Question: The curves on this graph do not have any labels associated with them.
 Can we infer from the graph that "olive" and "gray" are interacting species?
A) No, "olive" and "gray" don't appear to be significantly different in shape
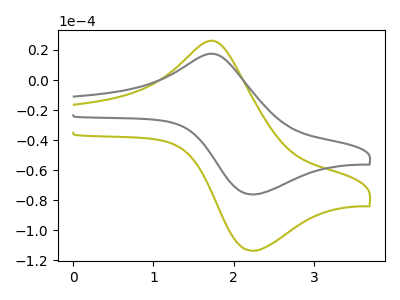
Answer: <think>The olive curve "olive" has an anodic peak at (1.75V, 25.75uA) and a cathodic peak at (2.20V, -113.70uA). The gray curve "gray" has an anodic peak at (1.75V, 17.25uA) and a cathodic peak at (2.20V, -76.15uA).
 All the peaks in "olive" have a peak in "gray" at the same potential. Every peak in "olive" is higher than every peak in "gray".</think>
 <answer>A) No, "olive" and "gray" don't appear to be significantly different in shape</answer>
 <eval>A</eval>